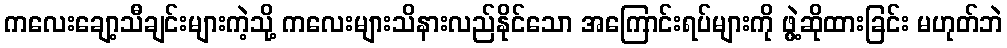
ကလေးချော့သီချင်းများကဲ့သို့ ကလေးများသိနားလည်နိုင်သော အကြောင်းရပ်များကို ဖွဲ့ဆိုထားခြင်း မဟုတ်ဘဲ